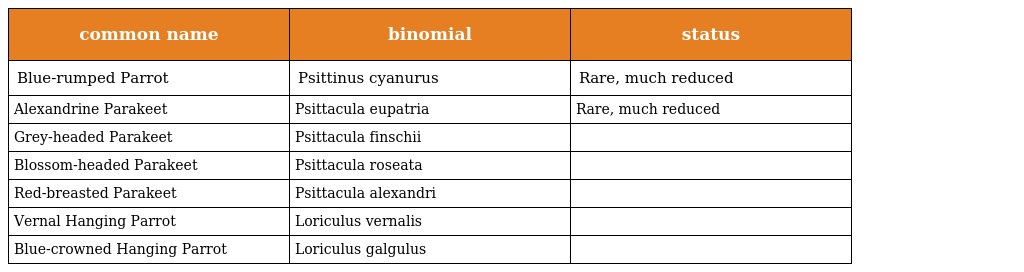
| common name | binomial | status |
 | --- | --- | --- |
 | Blue-rumped Parrot | Psittinus cyanurus | Rare, much reduced |
 | Alexandrine Parakeet | Psittacula eupatria | Rare, much reduced |
 | Grey-headed Parakeet | Psittacula finschii |  |
 | Blossom-headed Parakeet | Psittacula roseata |  |
 | Red-breasted Parakeet | Psittacula alexandri |  |
 | Vernal Hanging Parrot | Loriculus vernalis |  |
 | Blue-crowned Hanging Parrot | Loriculus galgulus |  |